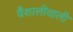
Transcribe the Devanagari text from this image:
वैशालीवाली